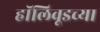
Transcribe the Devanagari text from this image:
हॉलिवूडच्या